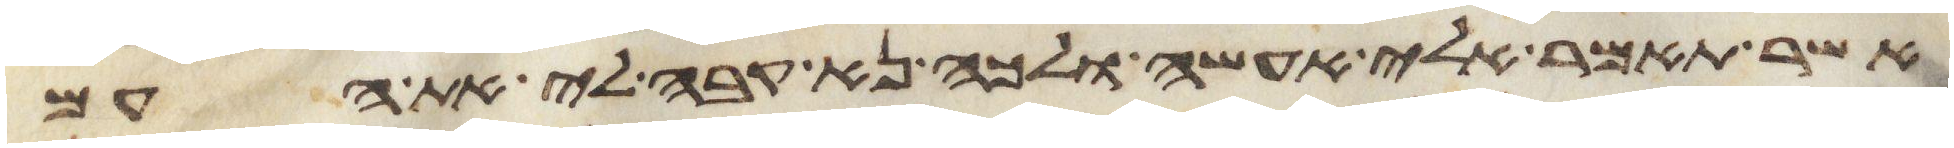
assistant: אשר תאמר אלי אעשה ולכה נא קבה לי את העם